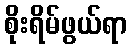
စိုးရိမ်ဖွယ်ရာ